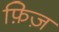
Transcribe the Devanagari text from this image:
फ़िज़